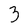
Character: 3